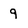
Character: 9